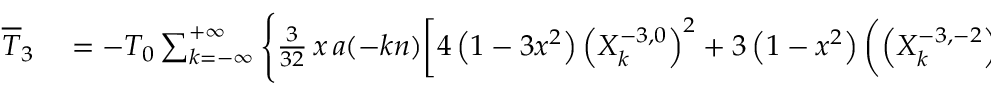
\begin{array} { r l } { \overline { T } _ { 3 } } & { { } = - { \cal T } _ { 0 } \sum _ { k = - \infty } ^ { + \infty } \Bigg \{ \frac { 3 } { 3 2 } \, x \, a ( - k n ) \bigg [ 4 \left( 1 - 3 x ^ { 2 } \right) \left( X _ { k } ^ { - 3 , 0 } \right) ^ { 2 } + 3 \left( 1 - x ^ { 2 } \right) \left( \left( X _ { k } ^ { - 3 , - 2 } \right) ^ { 2 } + \left( X _ { k } ^ { - 3 , 2 } \right) ^ { 2 } \right) \bigg ] } \end{array}